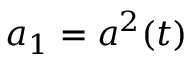
a _ { 1 } = a ^ { 2 } ( t )